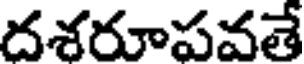
దశరూపవతే